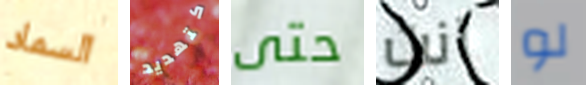
السماد كتهديد حتى آنت لو